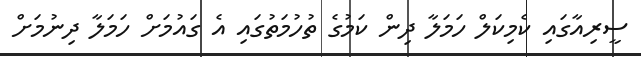
ސީރިއާގައި ކެމިކަލް ހަމަލާ ދިން ކަމުގެ ތުހުމަތުގައި އެ ގައުމަށް ހަމަލާ ދިނުމަށް